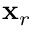
{ \bf x } _ { r }